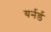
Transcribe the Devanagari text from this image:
यर्नर्ड